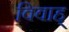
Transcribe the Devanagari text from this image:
विवाह्